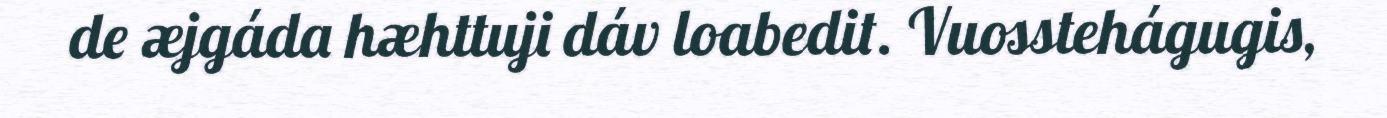
de æjgáda hæhttuji dáv loabedit. Vuosstehágugis,